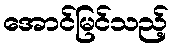
အောင်မြင်သည့်